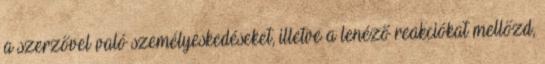
a szerzővel való személyeskedéseket, illetve a lenéző reakciókat mellőzd,